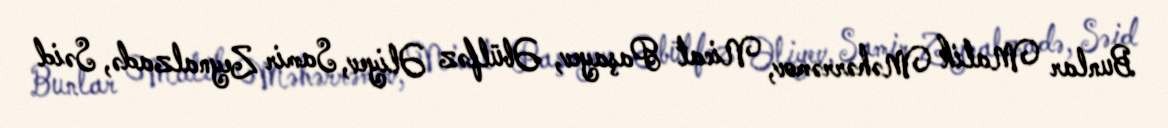
Bunlar Malik Məhərrəmov, Nicat Paşayev, Əbülfəz Əliyev, Samir Zeynalzadə, Səid